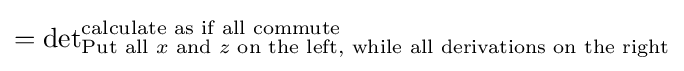
={\det }_{{\text{Put all }}x{\text{ and }}z{\text{ on the left, while all derivations on the right}}}^{\text{calculate as if all commute}}